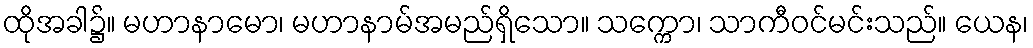
ထိုအခါ၌။ မဟာနာမော၊ မဟာနာမ်အမည်ရှိသော။ သက္ကော၊ သာကီဝင်မင်းသည်။ ယေန၊